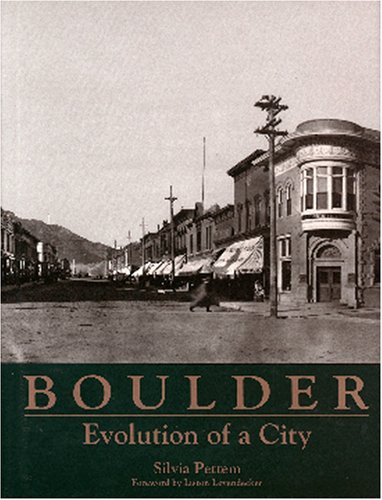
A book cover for Boulder: Evolution of a City; Silvia Pettem; Travel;